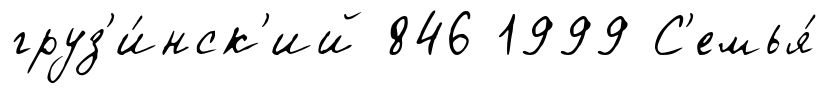
груз'и́нск'ий 846 1999 С'емья́